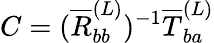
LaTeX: C=(\overline{{R}}_{bb}^{(L)})^{-1}\overline{{T}}_{ba}^{(L)}